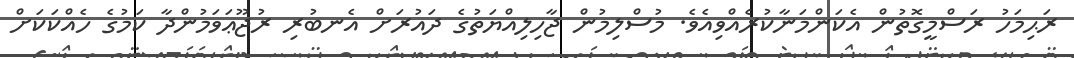
ރަޙިމަހު ރަސްމީގޮތުން އެކަންމަނާކުރެއްވިއެވެ. މުސްލިމުން ޖާހިލިއްޔަތުގެ ދައުރަށް އެނބުރި ރުޖޫޢަވަމުންދާ ކަމުގެ ހެއްކަކަށް